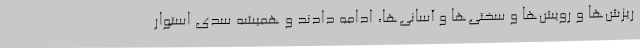
ریزش‌ها و رویش‌ها و سختی‌ها و آسانی‌ها، ادامه دادند و همیشه سدی استوار